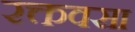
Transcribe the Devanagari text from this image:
रक्तवसा